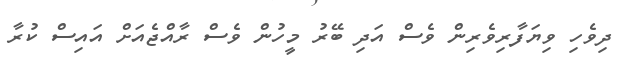
ދިވެހި ވިޔަފާރިވެރިން ވެސް އަދި ބޭރު މީހުން ވެސް ރާއްޖެއަށް އައިސް ކުރާ